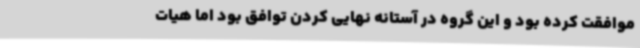
موافقت کرده بود و این گروه در آستانه نهایی کردن توافق بود اما هیات